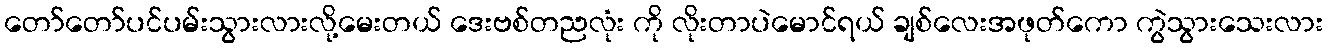
တော်တော်ပင်ပမ်းသွားလားလို့မေးတယ် ဒေးဗစ်တညလုံး ကို လိုးတာပဲမောင်ရယ် ချစ်လေးအဖုတ်ကော ကွဲသွားသေးလား